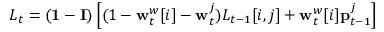
L _ { t } = ( \mathbf { 1 } - \mathbf { I } ) \left[ ( 1 - \mathbf { w } _ { t } ^ { w } [ i ] - \mathbf { w } _ { t } ^ { j } ) L _ { t - 1 } [ i , j ] + \mathbf { w } _ { t } ^ { w } [ i ] \mathbf { p } _ { t - 1 } ^ { j } \right]